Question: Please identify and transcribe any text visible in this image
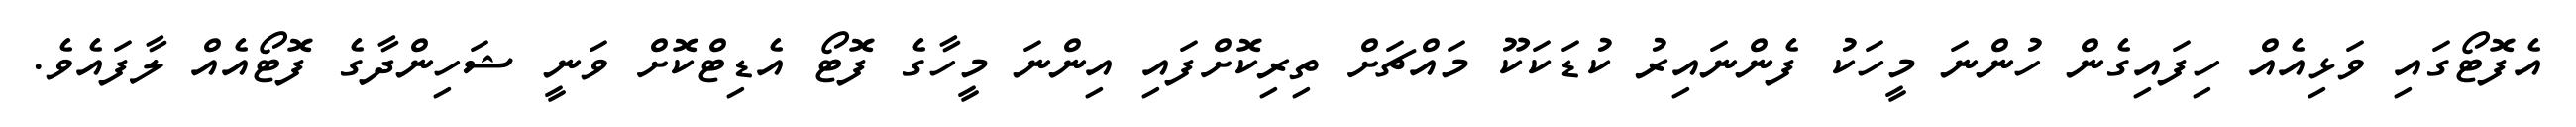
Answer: އެފޮޓޯގައި ވަޅިއެއް ހިފައިގެން ހުންނަ މީހަކު ފެންނައިރު ކުޑަކަކޫ މައްޗަށް ތިރިކޮށްފައި އިންނަ މީހާގެ ފޮޓޯ އެޑިޓްކޮށް ވަނީ ޝަހިންދާގެ ފޮޓޯއެއް ލާފައެވެ.